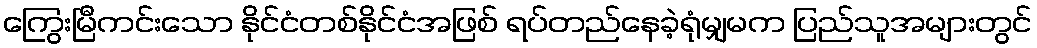
ကြွေးမြီကင်းသော နိုင်ငံတစ်နိုင်ငံအဖြစ် ရပ်တည်နေခဲ့ရုံမျှမက ပြည်သူအများတွင်